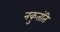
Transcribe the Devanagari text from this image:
नकुतंति